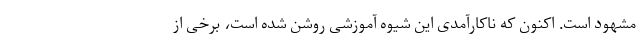
مشهود است. اکنون که ناکارآمدی این شیوه آموزشی روشن شده است، برخی از